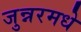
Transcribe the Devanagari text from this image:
जुन्नरमधे